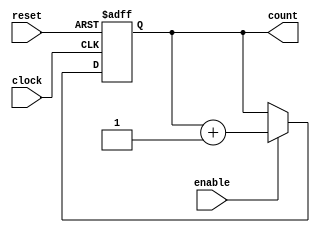
module incrementer(input clock,input reset,input enable,output reg [29:0] count = 0);

always @(posedge clock or negedge reset) begin
  if(!reset) count <= 0;
  else if (enable) count <= count + 1;
  end
endmodule